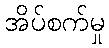
အိပ်စက်မှု